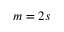
m = 2 s